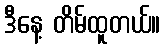
ဒီနေ့ တိမ်ထူတယ်။